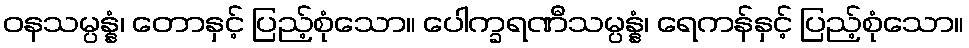
ဝနသမ္ပန္နံ၊ တောနှင့် ပြည့်စုံသော။ ပေါက္ခရဏီသမ္ပန္နံ၊ ရေကန်နှင့် ပြည့်စုံသော။